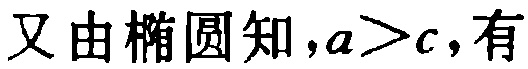
又由椭圆知，\(a > c\)，有